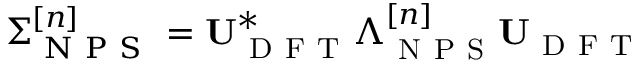
\boldsymbol { \Sigma _ { \mathrm { ~ N ~ P ~ S ~ } } ^ { [ n ] } } = \mathbf { U } _ { \mathrm { ~ D ~ F ~ T ~ } } ^ { * } \boldsymbol { \Lambda } _ { \mathrm { ~ N ~ P ~ S ~ } } ^ { [ n ] } \mathbf { U } _ { \mathrm { ~ D ~ F ~ T ~ } }